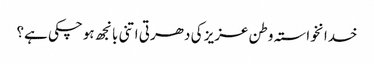
خدانخواستہ وطن عزیز کی دھرتی اتنی بانجھ ہوچکی ہے؟